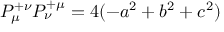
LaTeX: P _ { \mu } ^ { + \nu } P _ { \nu } ^ { + \mu } = 4 ( - a ^ { 2 } + b ^ { 2 } + c ^ { 2 } )